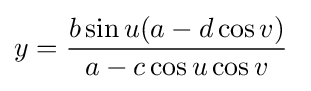
y={\frac {b\sin u(a-d\cos v)}{a-c\cos u\cos v}}\